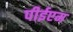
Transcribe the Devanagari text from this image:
पीईएम